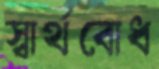
স্বার্থবোধ